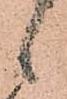
候